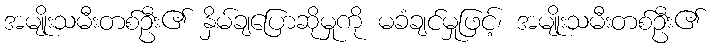
အမျိုးသမီးတစ်ဦး၏ နှိမ်ချပြောဆိုမှုကို မခံချင်မှုဖြင့်၊ အမျိုးသမီးတစ်ဦး၏